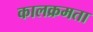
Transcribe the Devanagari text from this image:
कालक्रमता